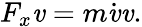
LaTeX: F_{x}\mathit{v}=m{\dot{{\mathit{v}}}}\mathit{v}.